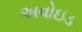
અવોઇડ